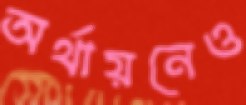
অর্থায়নেও